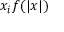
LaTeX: x _ { i } f ( | x | )